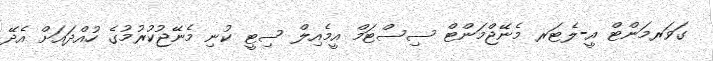
ގަވަރމަންޓް އީ-ލެޓަރ މެނޭޖްމަންޓް ސިސްޓަމް އީމެއިލް ސިޓީ ކުނި މެނޭޖުކުރުމުގެ ހުއްދައަށް އެދޭ